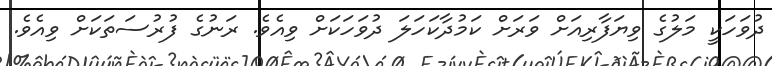
ދުވަހަކީ މަލުގެ ވިޔަފާރިއަށް ވަރަށް ކަމުދާކަހަލަ ދުވަހަކަށް ވިއެވެ. ރަނުގެ ފުރުސަތަކަށް ވިއެވެ.